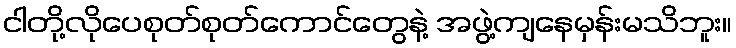
ငါတို့လိုပေစုတ်စုတ်ကောင်တွေနဲ့ အဖွဲ့ကျနေမှန်းမသိဘူး။